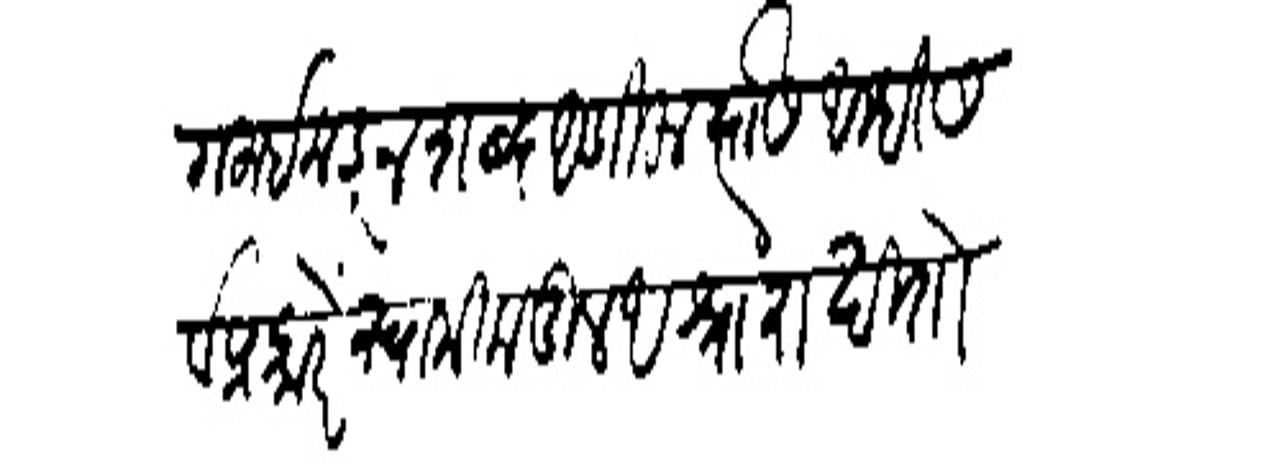
Transliteration (Devanagari): मोगलाई कडून द्ब्द आणिला त्यासी अम्ही सवं प्रकारें स्वामीकडील अथ्रा राखितो